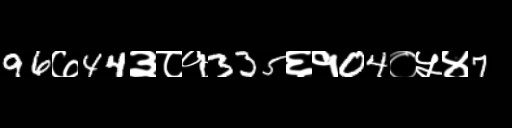
Text: 96७44३८१335६१04०५४7